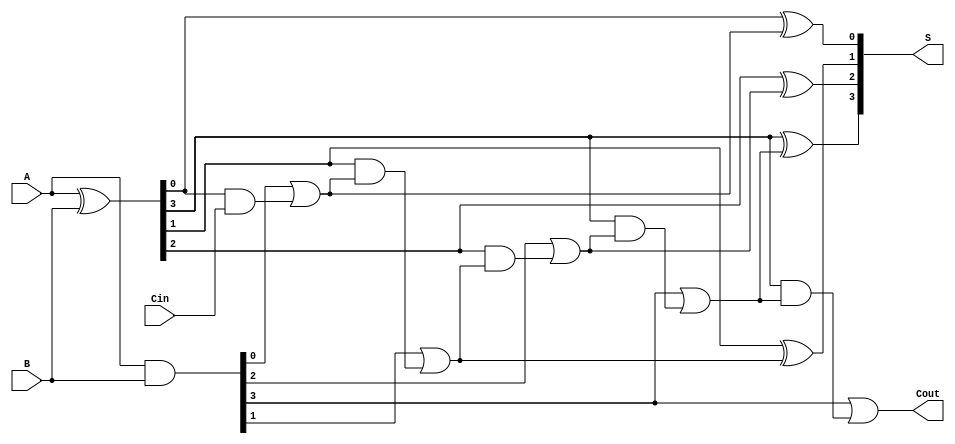
module LingAdder #(parameter N = 4) (
    input  wire [N-1:0] A,    // First n-bit input
    input  wire [N-1:0] B,    // Second n-bit input
    input  wire Cin,           // Carry-in
    output wire [N-1:0] S,     // Sum output
    output wire Cout           // Carry-out
);

    wire [N-1:0] G;  // Generate signals
    wire [N-1:0] P;  // Propagate signals
    wire [N:0] C;    // Carry signals

    // Generate and Propagate calculations
    assign G = A & B;          // Generate
    assign P = A ^ B;          // Propagate

    // Carry calculations
    assign C[0] = G[0] | (P[0] & Cin); // Carry-out for bit 0

    genvar i;
    generate
        for (i = 1; i < N; i = i + 1) begin : carry_gen
            assign C[i] = G[i] | (P[i] & C[i-1]); // Carry-out for bit i
        end
    endgenerate

    assign C[N] = G[N-1] | (P[N-1] & C[N-1]); // Carry-out for the last bit

    // Sum calculations
    generate
        for (i = 0; i < N; i = i + 1) begin : sum_gen
            assign S[i] = P[i] ^ C[i]; // Sum for bit i
        end
    endgenerate

    assign Cout = C[N]; // Final carry-out

endmodule